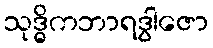
သုဒ္ဓိကဘာရဒွါဇော